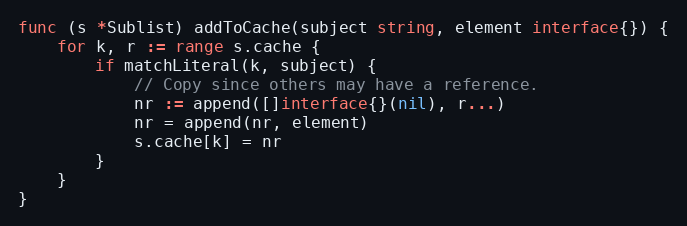
Language: Go
func (s *Sublist) addToCache(subject string, element interface{}) {
	for k, r := range s.cache {
		if matchLiteral(k, subject) {
			// Copy since others may have a reference.
			nr := append([]interface{}(nil), r...)
			nr = append(nr, element)
			s.cache[k] = nr
		}
	}
}